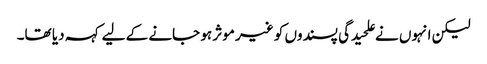
لیکن انہوں نے علحیدگی پسندوں کو غیر موثر ہو جانے کے لیے کہہ دیا تھا۔